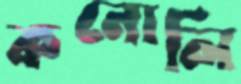
কনোলি